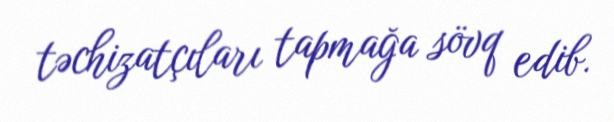
təchizatçıları tapmağa sövq edib.